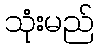
သုံးမည်